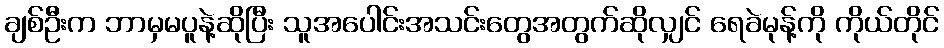
ချစ်ဦးက ဘာမှမပူနဲ့ဆိုပြီး သူအပေါင်းအသင်းတွေအတွက်ဆိုလျှင် ရေခဲမုန့်ကို ကိုယ်တိုင်